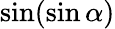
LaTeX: \sin(\sin\alpha)